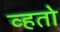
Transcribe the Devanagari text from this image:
व्हतो